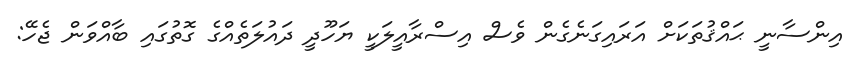
އިންސާނީ ޙައްޤުތަކަށް އަރައިގަނެގެން ވެސް އިސްރާއީލަކީ ޔަހޫދީ ދައުލަތެއްގެ ގޮތުގައި ބާއްވަން ޖެހޭ: